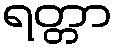
ရတ္တာ